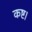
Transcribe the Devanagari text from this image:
कष्ट।